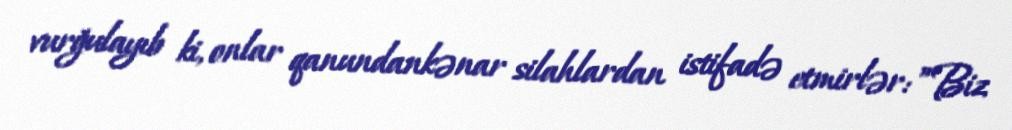
vurğulayıb ki, onlar qanundankənar silahlardan istifadə etmirlər: ”Biz